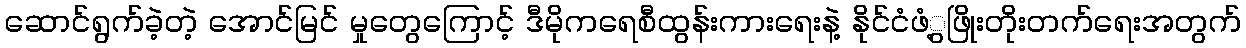
ဆောင်ရွက်ခဲ့တဲ့ အောင်မြင် မှုတွေကြောင့် ဒီမိုကရေစီထွန်းကားရေးနဲ့ နိုင်ငံဖံ့ွဖြိုးတိုးတက်ရေးအတွက်